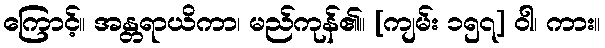
ကြောင့်။ အန္တရာယိကာ၊ မည်ကုန်၏။ [ကျမ်း ၁၅၇] ဝါ၊ ကား။